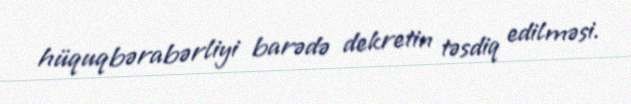
hüquqbərabərliyi barədə dekretin təsdiq edilməsi.